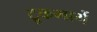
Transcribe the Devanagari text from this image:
ट्रुकमार्गे